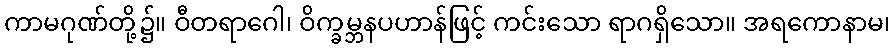
ကာမဂုဏ်တို့၌။ ဝီတရာဂေါ၊ ဝိက္ခမ္ဘနပဟာန်ဖြင့် ကင်းသော ရာဂရှိသော။ အရကောနာမ၊